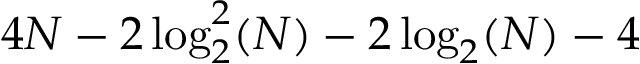
4 N - 2 \log _ { 2 } ^ { 2 } ( N ) - 2 \log _ { 2 } ( N ) - 4